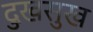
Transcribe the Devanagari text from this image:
दुखसुख